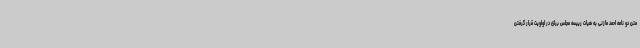
متن دو نامه احمد مازنی به هیات رییسه مجلس برای در اولویت قرار گرفتن